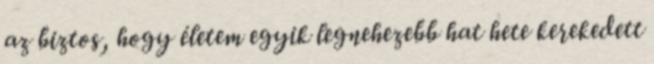
az biztos, hogy életem egyik legnehezebb hat hete kerekedett